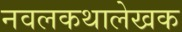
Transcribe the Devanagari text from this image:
नवलकथालेखक